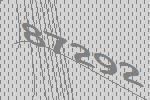
87292